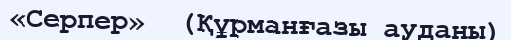
«Серпер»  (Құрманғазы ауданы)